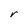
Character: r